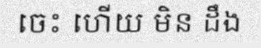
ចេះ ហើយ មិន ដឹង